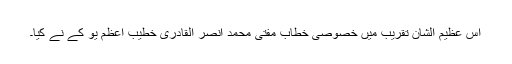
اس عظیم الشان تقریب میں خصوصی خطاب مفتی محمد انصر القادری خطیب اعظم یو کے نے کیا۔